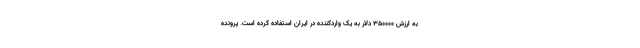
به ارزش ۳۵۰۰۰۰ دلار به یک واردکننده در ایران استفاده کرده است. پرونده